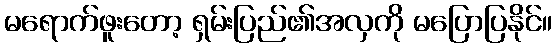
မရောက်ဖူးတော့ ရှမ်းပြည်၏အလှကို မပြောပြနိုင်။